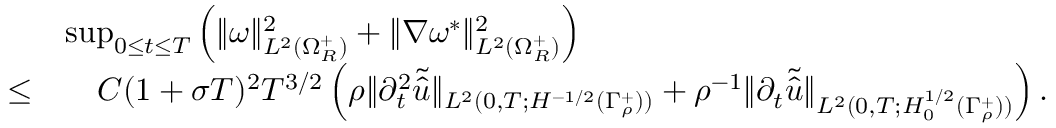
\begin{array} { r } { \begin{array} { r l } & { \operatorname* { s u p } _ { 0 \leq t \leq T } \Big ( \| \omega \| _ { L ^ { 2 } ( \Omega _ { R } ^ { + } ) } ^ { 2 } + \| \nabla \omega ^ { * } \| _ { L ^ { 2 } ( \Omega _ { R } ^ { + } ) } ^ { 2 } \Big ) } \\ { \leq } & { \quad C ( 1 + \sigma T ) ^ { 2 } T ^ { 3 / 2 } \left( \rho \| \partial _ { t } ^ { 2 } \tilde { \hat { u } } \| _ { L ^ { 2 } ( 0 , T ; H ^ { - 1 / 2 } ( \Gamma _ { \rho } ^ { + } ) ) } + \rho ^ { - 1 } \| \partial _ { t } \tilde { \hat { u } } \| _ { L ^ { 2 } ( 0 , T ; H _ { 0 } ^ { 1 / 2 } ( \Gamma _ { \rho } ^ { + } ) ) } \right) . } \end{array} } \end{array}